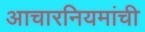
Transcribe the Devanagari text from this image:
आचारनियमांची